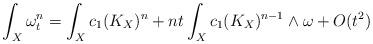
LaTeX: \begin{align*} \int_X \omega_t^n = \int_X c_1(K_X)^n + n t \int_X c_1(K_X)^{n-1} \wedge \omega + O(t^2)\end{align*}